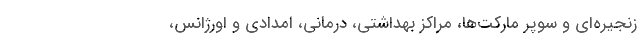
زنجیره‌ای و سوپر مارکت‌ها، مراکز بهداشتی، درمانی، امدادی و اورژانس،